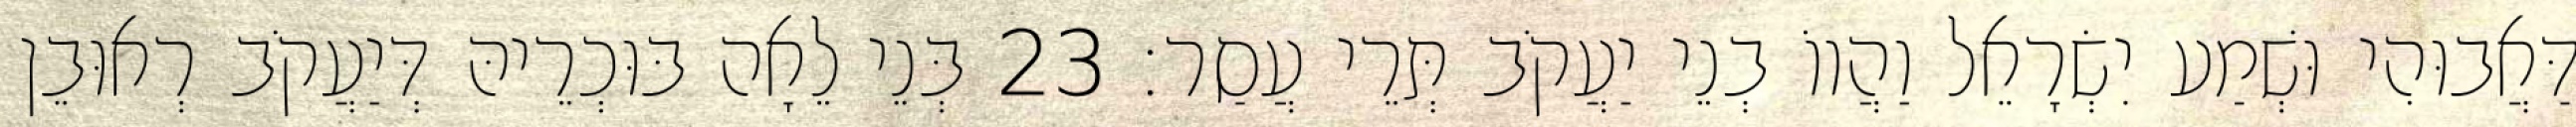
דַּאֲבוּהִי וּשְׁמַע יִשְׂרָאֵל וַהֲווֹ בְנֵי יַעֲקֹב תְּרֵי עֲסַר׃ 23 בְּנֵי לֵאָה בּוּכְרֵיהּ דְּיַעֲקֹב רְאוּבֵן